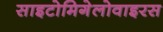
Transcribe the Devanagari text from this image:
साइटोमिगेलोवाइरस